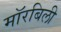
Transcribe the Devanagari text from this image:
मॉरबिली